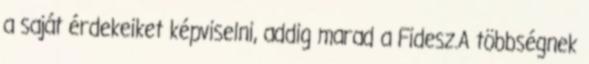
a saját érdekeiket képviselni, addig marad a Fidesz.A többségnek